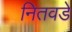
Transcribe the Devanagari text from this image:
नितवडे